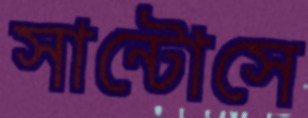
সান্টোসে